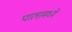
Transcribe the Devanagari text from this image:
पालामध्ये